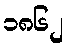
၁၈၆၂